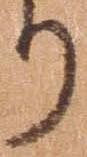
り